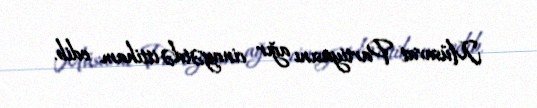
Müsavat Partiyasını ağır cinayətdə ittiham edib.